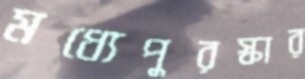
মধ্যেপুরস্কার